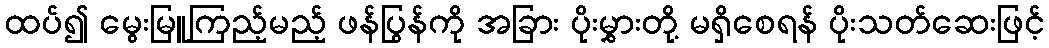
ထပ်၍ မွေးမြူကြည့်မည့် ဖန်ပြွန်ကို အခြား ပိုးမွှားတို့ မရှိစေရန် ပိုးသတ်ဆေးဖြင့်